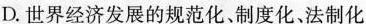
D.世界经济发展的规范化，制度化、法制化